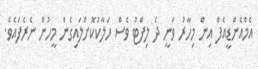
އެމްއެންޑީއެފް އިން މިހާރު ވަނީ ދެ ލިފްޓު ވެސް ހަލާކުކޮށްލައިގެން މީހުން ނެރެފައެވެ.